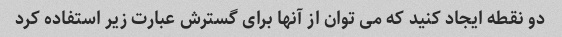
دو نقطه ایجاد کنید که می توان از آنها برای گسترش عبارت زیر استفاده کرد